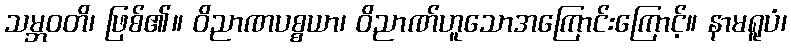
သမ္ဘဝတိ၊ ဖြစ်၏။ ဝိညာဏပစ္စယာ၊ ဝိညာဏ်ဟူသောအကြောင်းကြောင့်။ နာမရူပံ၊